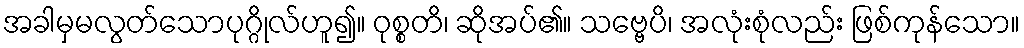
အခါမှမလွတ်သောပုဂ္ဂိုလ်ဟူ၍။ ဝုစ္စတိ၊ ဆိုအပ်၏။ သဗ္ဗေပိ၊ အလုံးစုံလည်း ဖြစ်ကုန်သော။